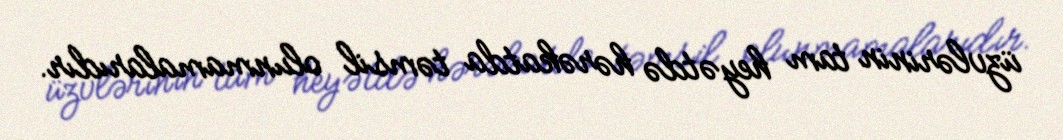
üzvlərinin tam heyətdə hərəkatda təmsil olunmamalarıdır.